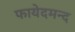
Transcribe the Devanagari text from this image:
फायेदमन्द